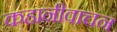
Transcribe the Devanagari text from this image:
कहानीवाचन